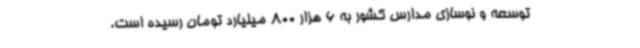
توسعه و نوسازی مدارس کشور به 6 هزار 800 میلیارد تومان رسیده است.